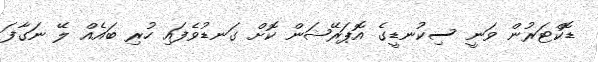
ޑޮކްޓަރުން ވަނީ ސިކުނޑީގެ އޮޕަރޭޝަން ކޮށް ގަނޑުވެފައި ހުރި ބައެއް ލޭ ނަގާފަ